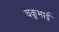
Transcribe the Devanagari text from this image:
चकूभाई